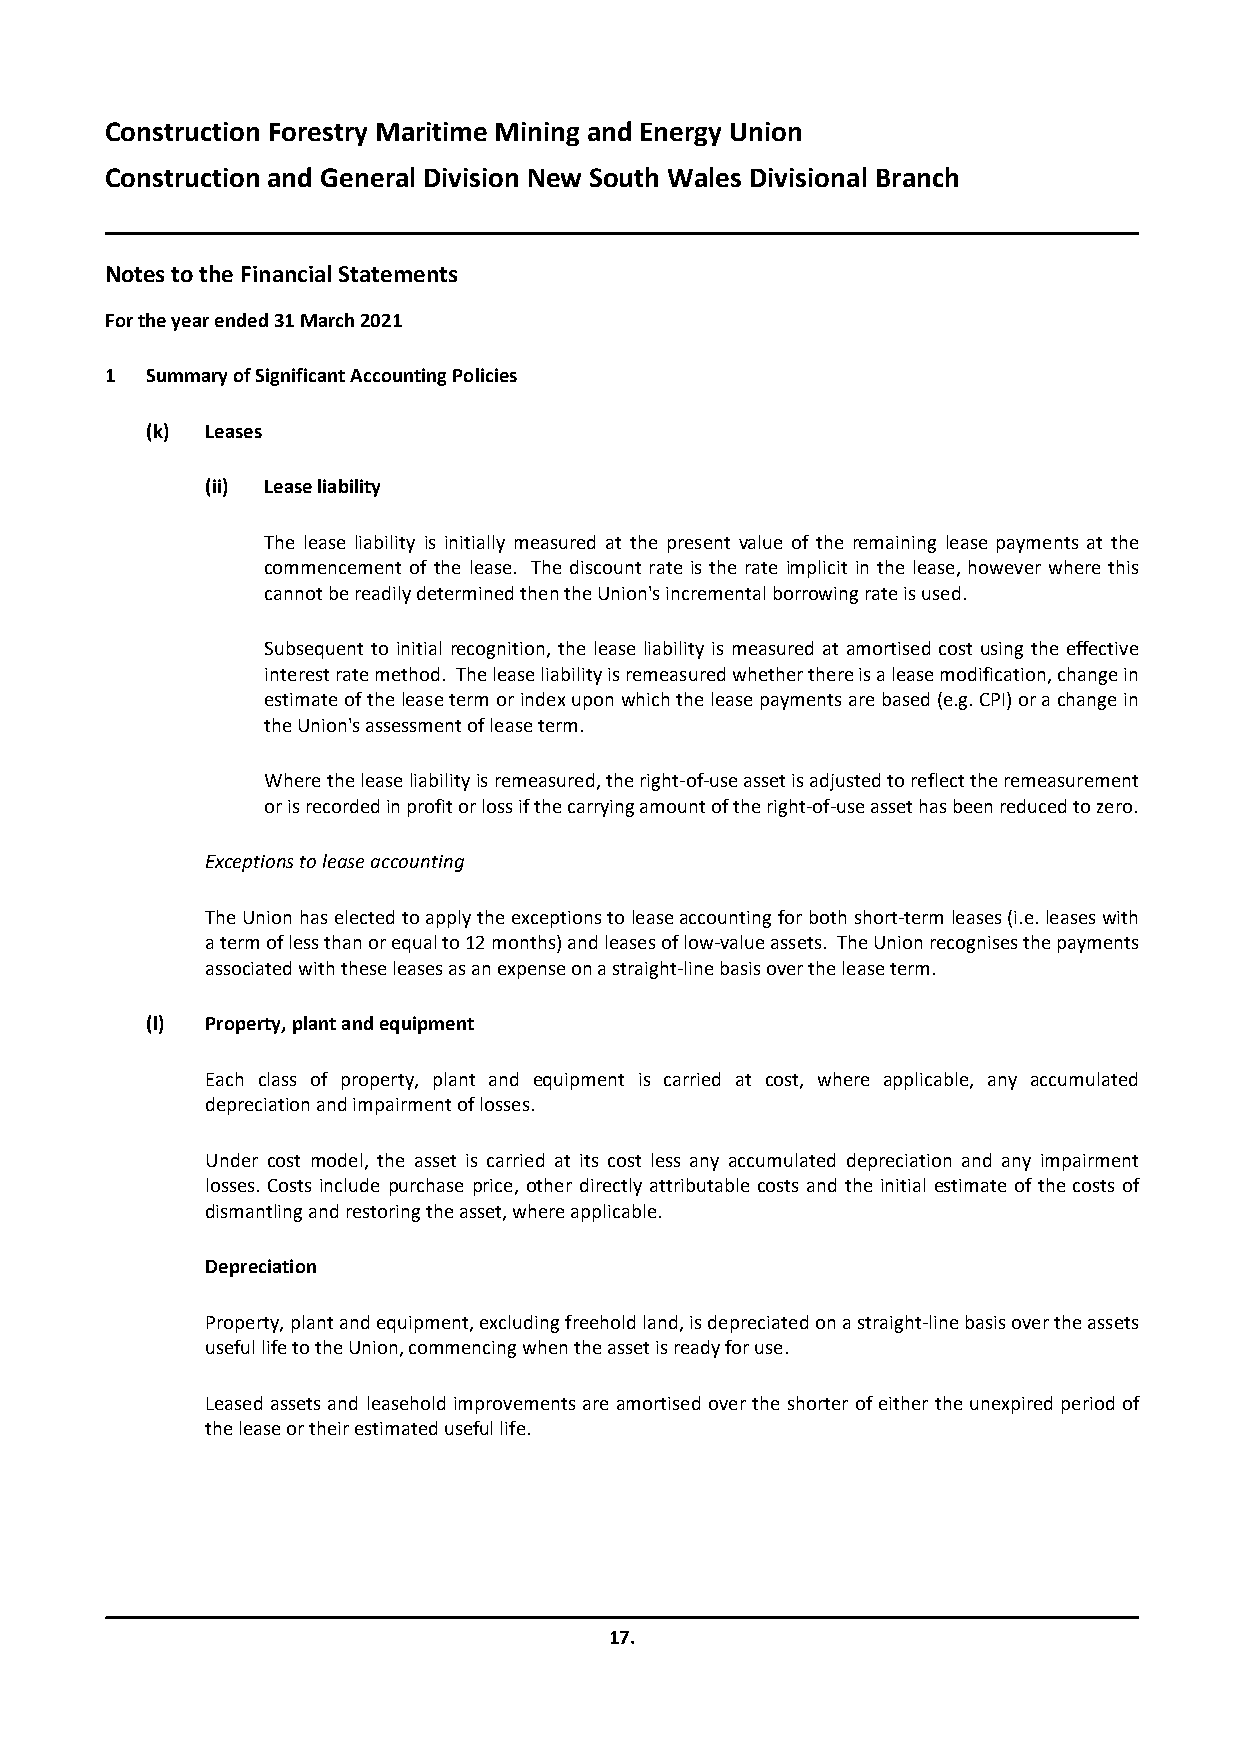
Construction Forestry Maritime Mining and Energy Union
 Construction and General Division New South Wales Divisional Branch
 Notes to the Financial Statements
 For the year ended31 March 2021
 1  Summary of Significant Accounting Policies
 (k) Leases
 (ii) Lease liability
 The lease liability is initially measured at the present value of the remaining lease payments at the
 commencement of the lease. The discount rate is the rate implicit in the lease, however where this
 cannot be readily determined then the Union's incremental borrowing rate is used.
 Subsequent to initial recognition, the lease liability is measured at amortised cost using the effective
 interest rate method. The lease liability is remeasured whether there is a lease modification, change in
 estimate of the lease term or index upon which the lease payments are based (e.g. CPI) or a change in
 the Union's assessment of lease term.
 Where the lease liability is remeasured, the right-of-use asset is adjusted to reflect the remeasurement
 or is recorded in profit or loss if the carrying amount of the right-of-use asset has been reduced to zero.
 Exceptions to lease accounting
 The Union has elected to apply the exceptions to lease accounting for both short-term leases (i.e. leases with
 a term of less than or equal to 12 months) and leases of low-value assets. The Union recognises the payments
 associated with these leases as an expense on a straight-line basis over the lease term.
 (l) Property, plant and equipment
 Each class of property, plant and equipment is carried at cost, where applicable, any accumulated
 depreciation and impairment of losses.
 Under cost model, the asset is carried at its cost less any accumulated depreciation and any impairment
 losses. Costs include purchase price, other directly attributable costs and the initial estimate of the costs of
 dismantling and restoring the asset, where applicable.
 Depreciation
 Property, plant and equipment, excluding freehold land, is depreciated on a straight-line basis over the assets
 useful life to the Union, commencing when the asset is ready for use.
 Leased assets and leasehold improvements are amortised over the shorter of either the unexpired period of
 the lease or their estimated useful life.
 17.